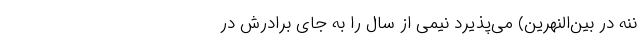
‌نَنَّه در بین‌النهرین) می‌پذیرد نیمی از سال را به جای برادرش در